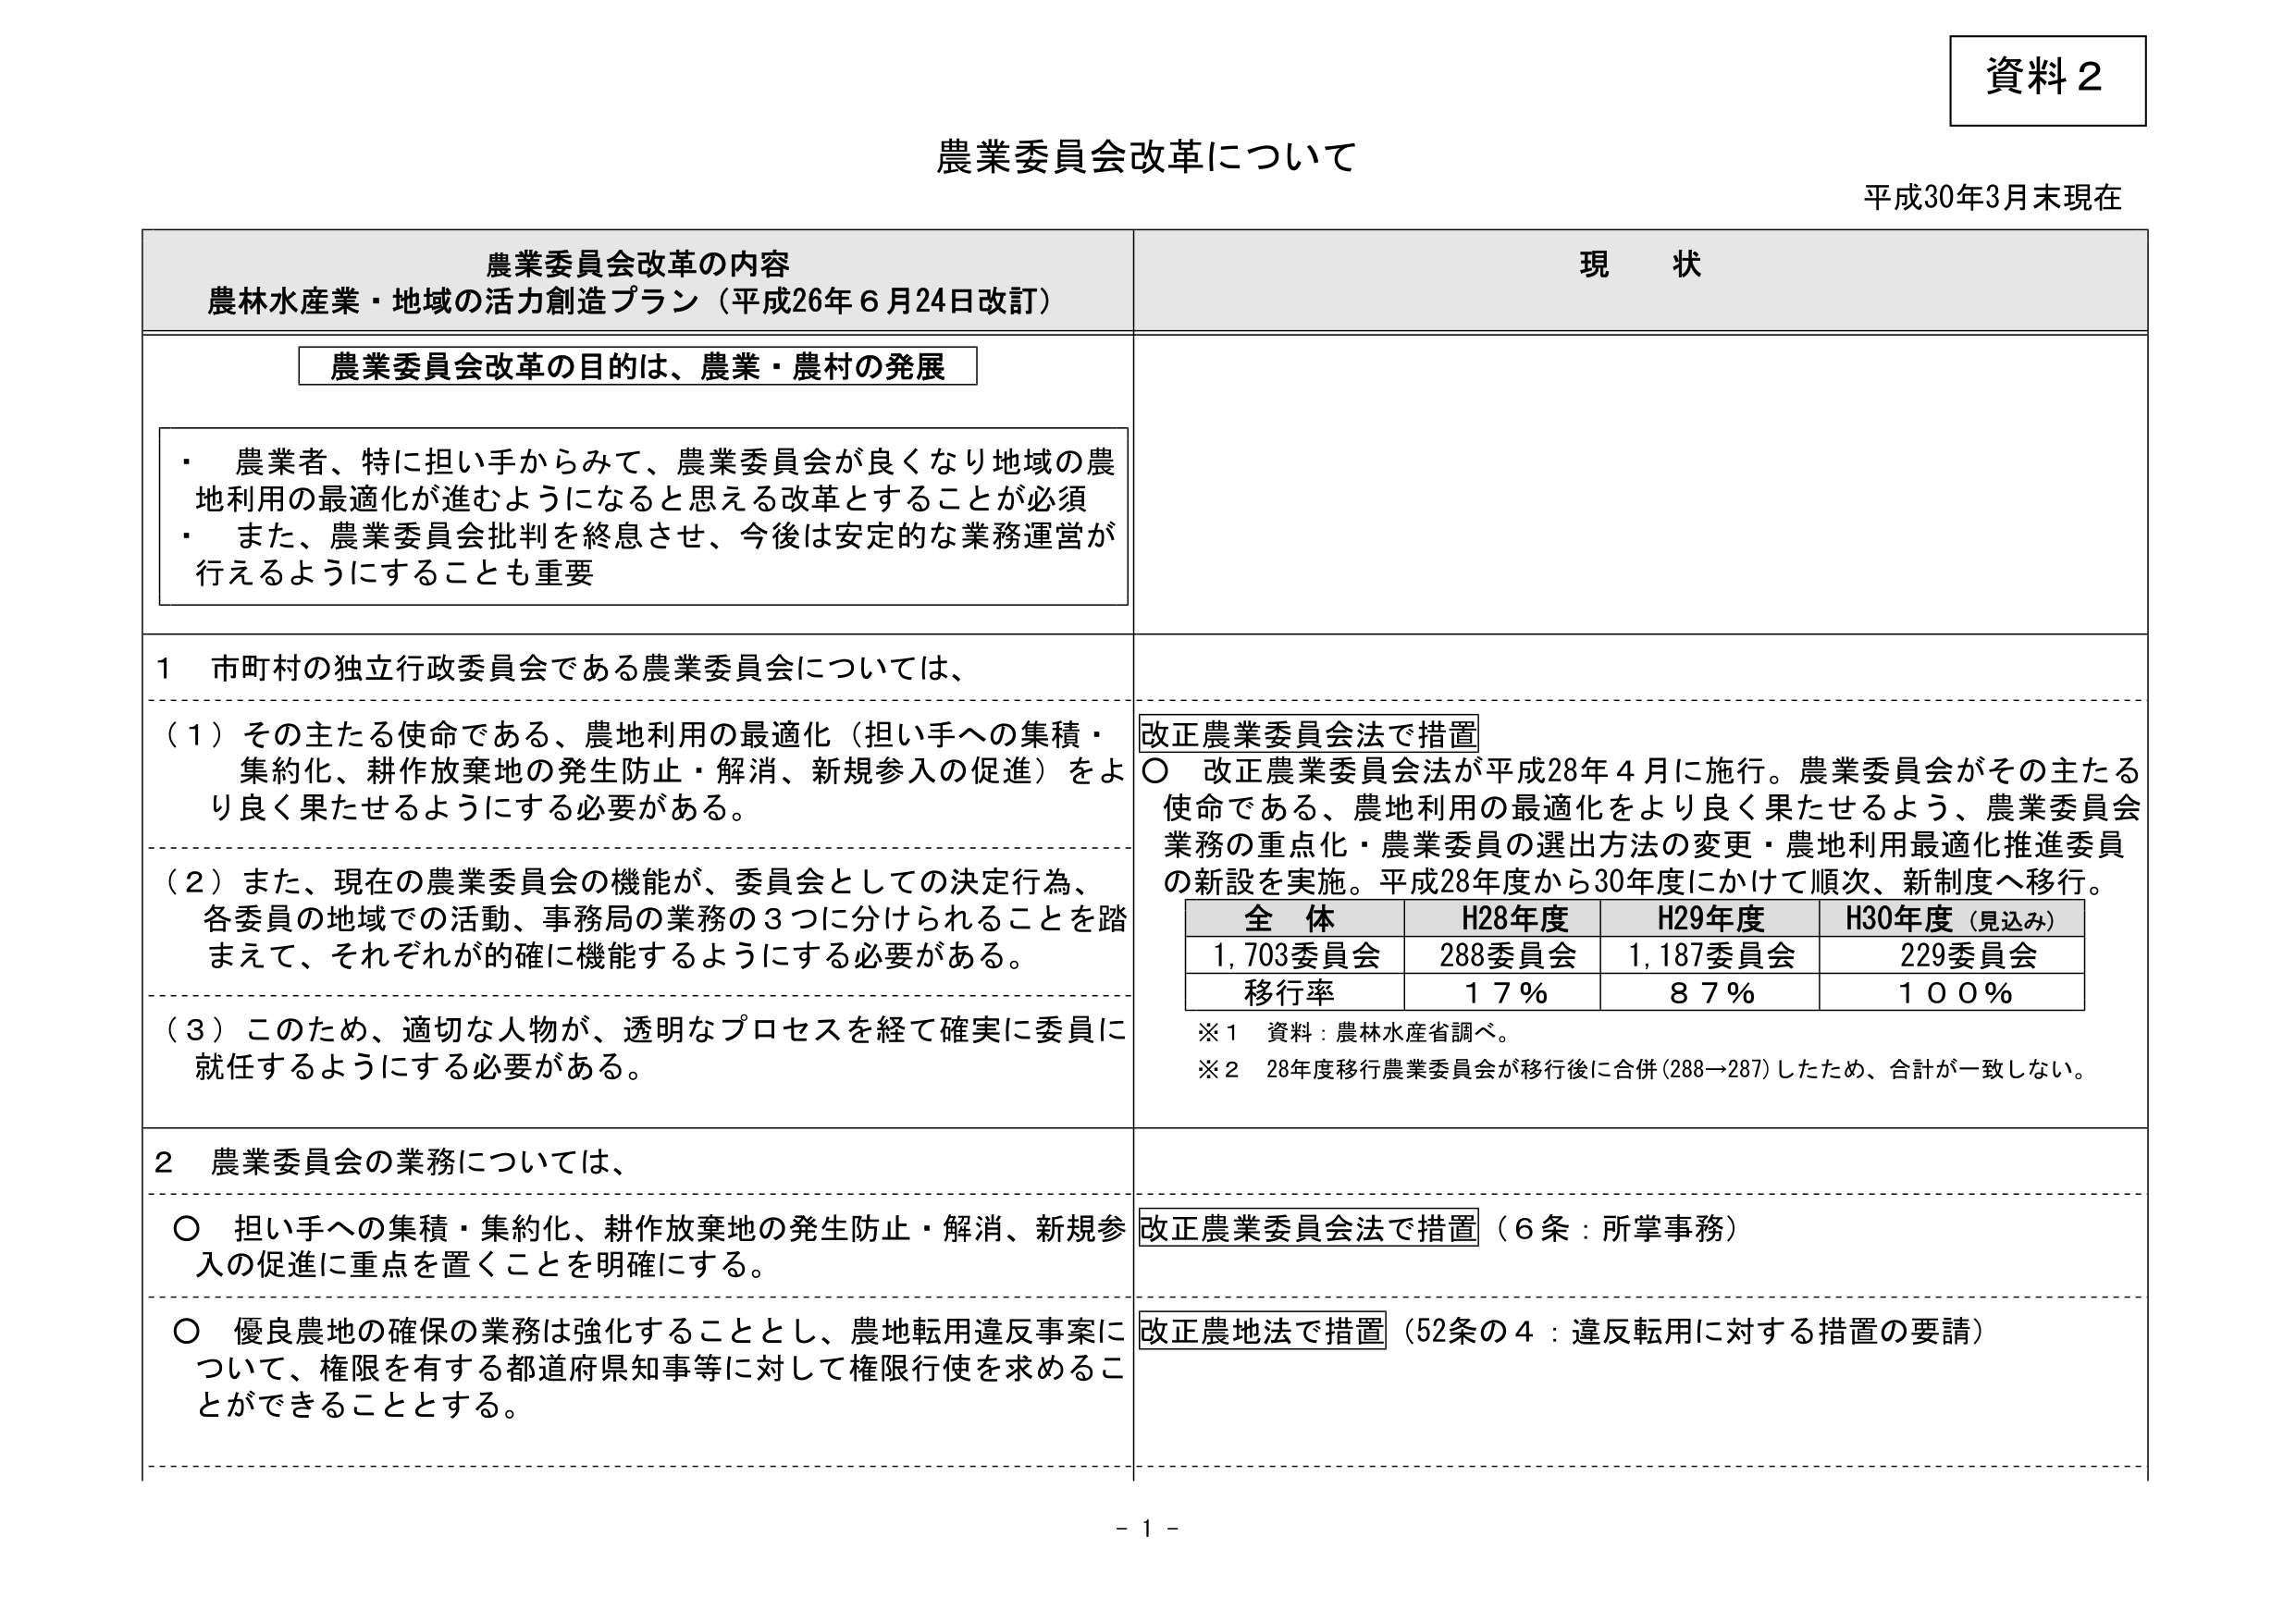
資料２

農業委員会改革について
平成30年3月末現在

農業委員会改革の内容
農林水産業・地域の活力創造プラン（平成26年6月24日改訂）

現 状

農業委員会改革の目的は、農業・農村の発展

・ 農業者、特に担い手からみて、農業委員会が良くなり地域の農地利用の最適化が進むようになると思える改革とすることが必須
・ また、農業委員会批判を終息させ、今後は安定的な業務運営が行えるようにすることも重要

１ 市町村の独立行政委員会である農業委員会については、

（１）その主たる使命である、農地利用の最適化（担い手への集積・集約化、耕作放棄地の発生防止・解消、新規参入の促進）をより良く果たせるようにする必要がある。

（２）また、現在の農業委員会の機能が、委員会としての決定行為、各委員の地域での活動、事務局の業務の３つに分けられることを踏まえて、それぞれが確に機能するようにする必要がある。

（３）このため、適切な人物が、透明なプロセスを経て確実に委員に就任するようにする必要がある。

改正農業委員会法で措置
○ 改正農業委員会法が平成28年4月に施行。農業委員会がその主たる使命である、農地利用の最適化をより良く果たせるよう、農業委員会業務の重点化・農業委員の選出方法の変更・農地利用最適化推進委員の新設を実施。平成28年度から30年度にかけて順次、新制度へ移行。

全 体　H28年度　H29年度　H30年度（見込み）
1,703委員会　288委員会　1,187委員会　229委員会
移行率　　　17％　　　87％　　　100％

※1 資料：農林水産省調べ。
※2 28年度移行農業委員会が移行後に合併（288→287）したため、合計が一致しない。

２ 農業委員会の業務については、

○ 担い手への集積・集約化、耕作放棄地の発生防止・解消、新規参入の促進に重点を置くことを明確にする。

改正農業委員会法で措置（6条：所掌事務）

○ 優良農地の確保の業務は強化することとし、農地転用違反事案について、権限を有する都道府県知事等に対して権限行使を求めることができる。

改正農地法で措置（52条の4：違反転用に対する措置の要請）

- 1 -